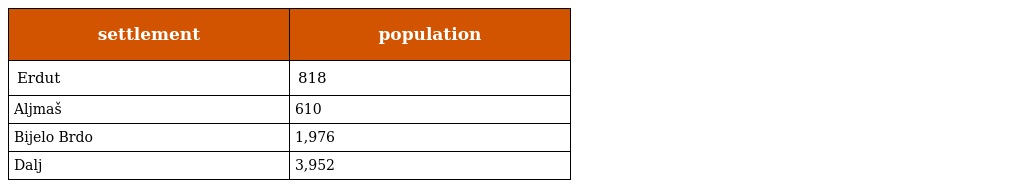
| settlement | population |
 | --- | --- |
 | Erdut | 818 |
 | Aljmaš | 610 |
 | Bijelo Brdo | 1,976 |
 | Dalj | 3,952 |